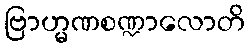
ဗြာဟ္မဏစဏ္ဍာလောတိ